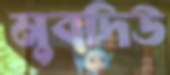
মুবদিউ